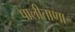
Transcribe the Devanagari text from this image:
पालीताणा